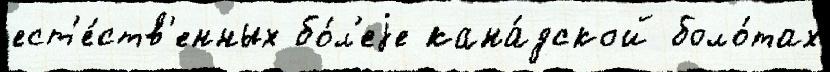
ест'е́ств'енных бо́л'еjе кана́дской боло́тах